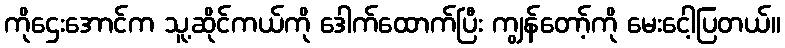
ကိုဌေးအောင်က သူ့ဆိုင်ကယ်ကို ဒေါက်ထောက်ပြီး ကျွန်တော့်ကို မေးငေါ့ပြတယ်။